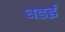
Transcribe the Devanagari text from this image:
घडई